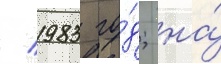
/ 1983 го́д; на́